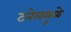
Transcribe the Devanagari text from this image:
टनेलमुळे